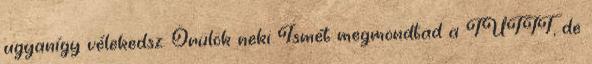
ugyanígy vélekedsz. Örülök neki Ismét megmondtad a TUTIT, de